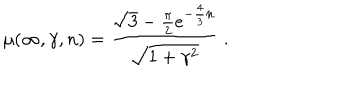
\mu ( \infty , \gamma , n ) = \frac { \sqrt { 3 } - \frac { \pi } { 2 } e ^ { - \frac { 4 } { 3 } n } } { \sqrt { 1 + \gamma ^ { 2 } } } \ .